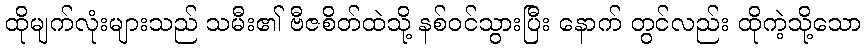
ထိုမျက်လုံးများသည် သမီး၏ ဗီဇစိတ်ထဲသို့ နစ်ဝင်သွားပြီး နောက် တွင်လည်း ထိုကဲ့သို့သော